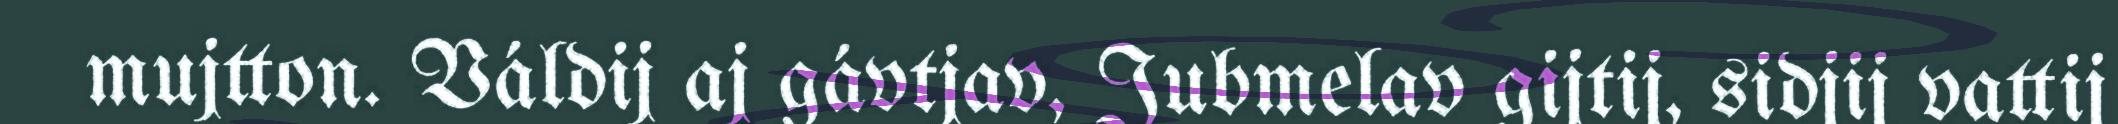
mujtton. Váldij aj gávtjav, Jubmelav gijtij, sidjij vattij